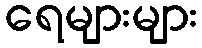
ရေများများ